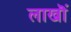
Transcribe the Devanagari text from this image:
लाखॊं